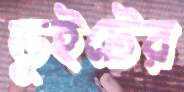
ডুইটের